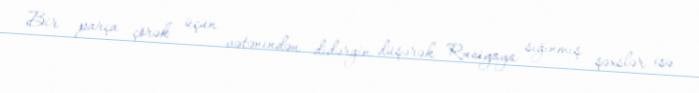
Bir parça çörək üçün vətənindən didərgin düşərək Rusiyaya sığınmış şəxslər isə